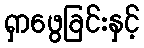
ရှာဖွေခြင်းနှင့်